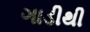
ગાડીથી